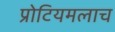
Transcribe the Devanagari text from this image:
प्रोटियमलाच